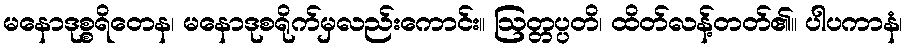
မနောဒုစ္စရိတေန၊ မနောဒုစရိုက်မှလည်းကောင်း။ ဩတ္တပ္ပတိ၊ ထိတ်လန့်တတ်၏။ ပါပကာနံ၊